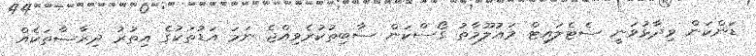
ޑަންކަން ވިދާޅުވަނީ ސެޓެލައިޓް މައުލޫމާތު ގޯސްކަން ސާބިތުކުރެވިއްޖެ ނަމަ އަޑުތަކުގެ އިތުރު ދިރާސާތަކެއް